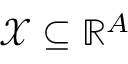
\mathcal { X } \subseteq \mathbb { R } ^ { A }